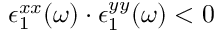
\epsilon _ { 1 } ^ { x x } ( \omega ) \cdot \epsilon _ { 1 } ^ { y y } ( \omega ) < 0